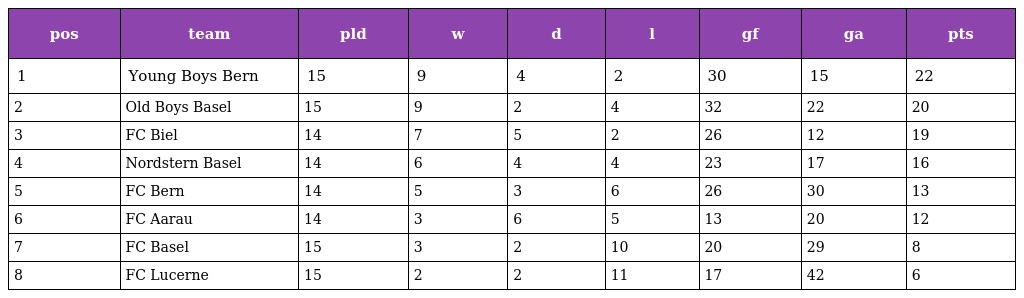
| pos | team | pld | w | d | l | gf | ga | pts |
 | --- | --- | --- | --- | --- | --- | --- | --- | --- |
 | 1 | Young Boys Bern | 15 | 9 | 4 | 2 | 30 | 15 | 22 |
 | 2 | Old Boys Basel | 15 | 9 | 2 | 4 | 32 | 22 | 20 |
 | 3 | FC Biel | 14 | 7 | 5 | 2 | 26 | 12 | 19 |
 | 4 | Nordstern Basel | 14 | 6 | 4 | 4 | 23 | 17 | 16 |
 | 5 | FC Bern | 14 | 5 | 3 | 6 | 26 | 30 | 13 |
 | 6 | FC Aarau | 14 | 3 | 6 | 5 | 13 | 20 | 12 |
 | 7 | FC Basel | 15 | 3 | 2 | 10 | 20 | 29 | 8 |
 | 8 | FC Lucerne | 15 | 2 | 2 | 11 | 17 | 42 | 6 |